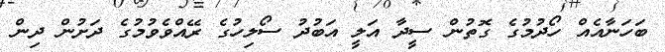
ބަހަނާއެއް ހޯދުމުގެ ގޮތުން ސީދާ އަލީ އަބުދު ސޯލިހުގެ ރޭއްވެވުމުގެ ދަށުން ދިން